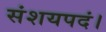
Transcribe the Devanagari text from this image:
संशयपदं।